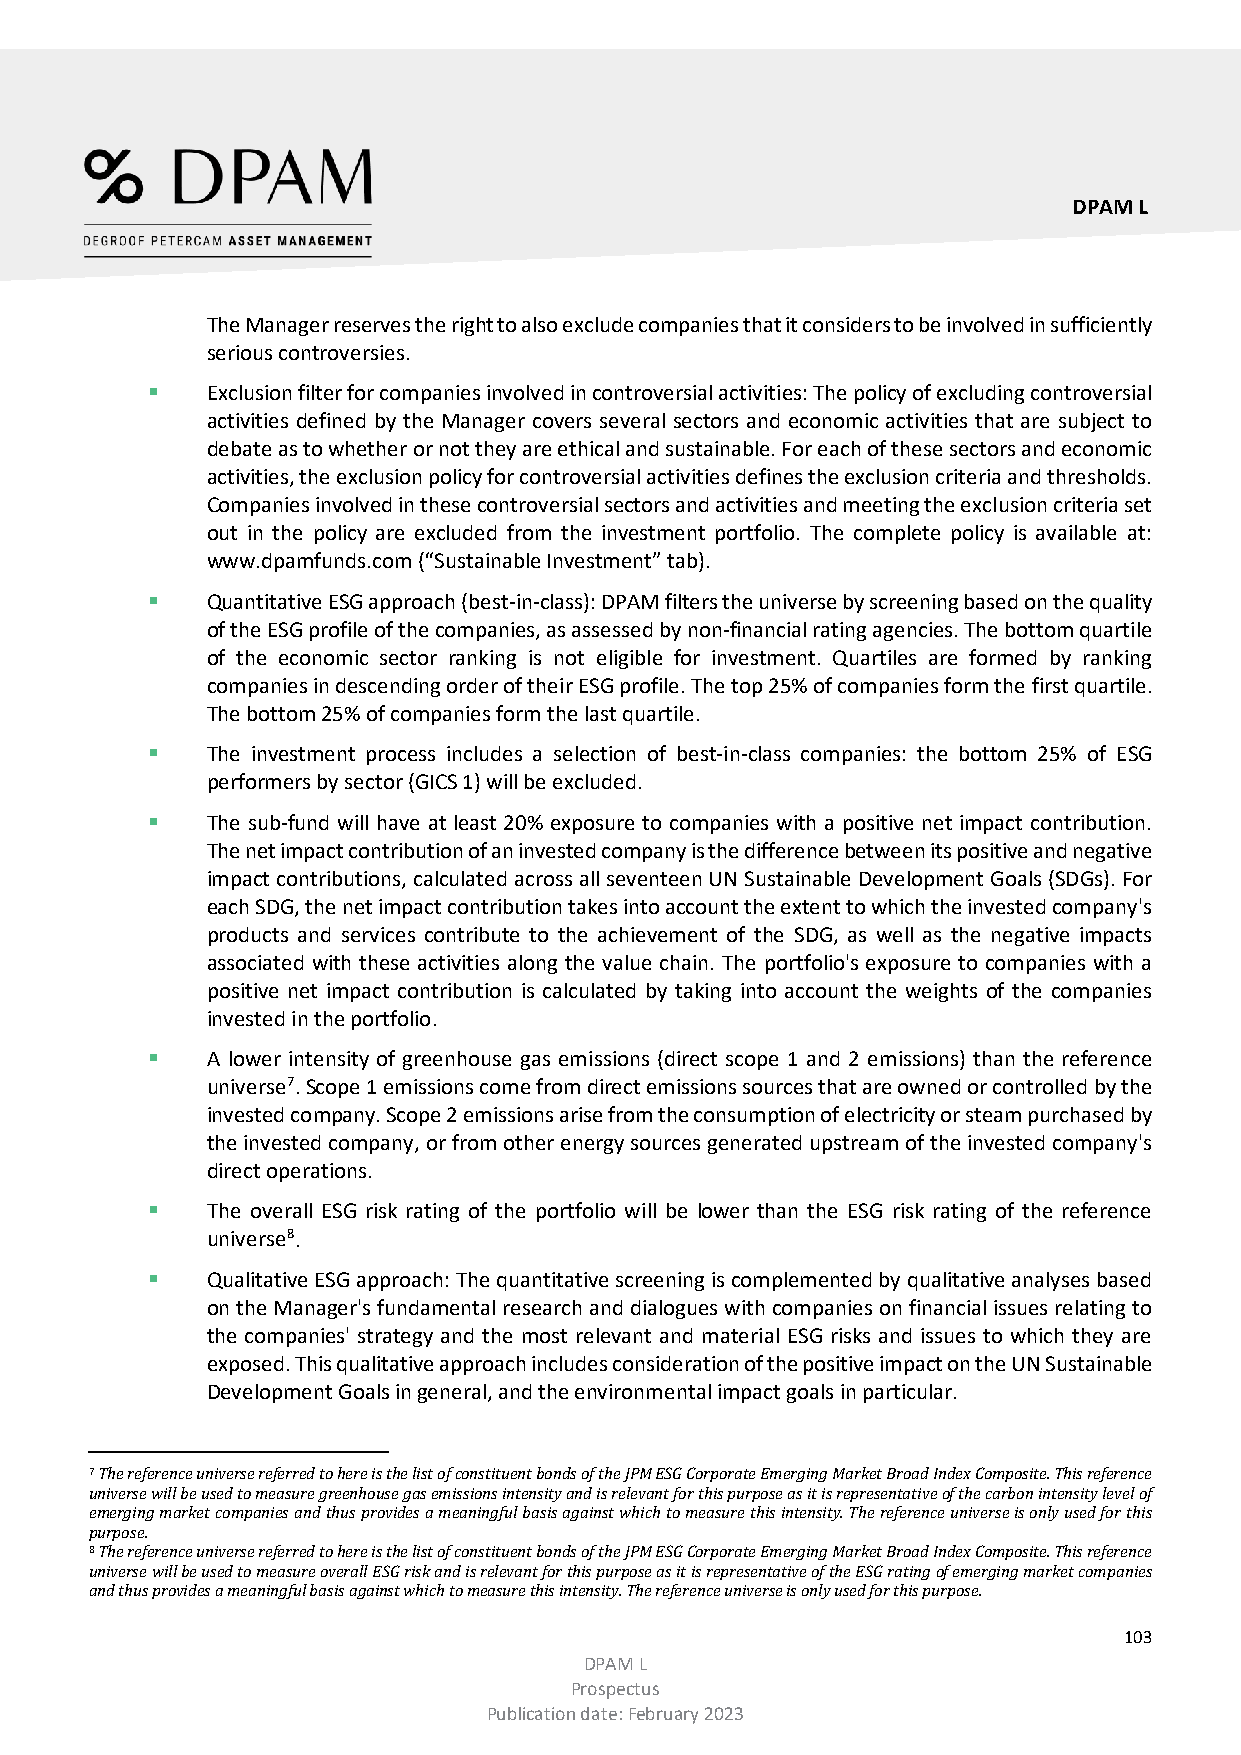
DPAM L
 The Manager reserves the right to also exclude companies that it considers to be involved in sufficiently
 serious controversies.
    Exclusion filter for companies involved in controversial activities: The policy of excluding controversial
 activities defined by the Manager covers several sectors and economic activities that are subject to
 debate as to whether or not they are ethical and sustainable. For each of these sectors and economic
 activities, the exclusion policy for controversial activities defines the exclusion criteria and thresholds.
 Companies involved in these controversial sectors and activities and meeting the exclusion criteria set
 out in the policy are excluded from the investment portfolio. The complete policy is available at:
 www.dpamfunds.com (“Sustainable Investment” tab).
    Quantitative ESG approach (best-in-class): DPAM filters the universe by screening based on the quality
 of the ESG profile of the companies, as assessed by non-financial rating agencies. The bottom quartile
 of the economic sector ranking is not eligible for investment. Quartiles are formed by ranking
 companies in descending order of their ESG profile. The top 25% of companies form the first quartile.
 The bottom 25% of companies form the last quartile.
    The investment process includes a selection of best-in-class companies: the bottom 25% of ESG
 performers by sector (GICS 1) will be excluded.
    The sub-fund will have at least 20% exposure to companies with a positive net impact contribution.
 The net impact contribution of an invested company is the difference between its positive and negative
 impact contributions, calculated across all seventeen UN Sustainable Development Goals (SDGs). For
 each SDG, the net impact contribution takes into account the extent to which the invested company's
 products and services contribute to the achievement of the SDG, as well as the negative impacts
 associated with these activities along the value chain. The portfolio's exposure to companies with a
 positive net impact contribution is calculated by taking into account the weights of the companies
 invested in the portfolio.
    A lower intensity of greenhouse gas emissions (direct scope 1 and 2 emissions) than the reference
 universe7. Scope 1 emissions come from direct emissions sources that are owned or controlled by the
 invested company. Scope 2 emissions arise from the consumption of electricity or steam purchased by
 the invested company, or from other energy sources generated upstream of the invested company's
 direct operations.
    The overall ESG risk rating of the portfolio will be lower than the ESG risk rating of the reference
 universe8.
    Qualitative ESG approach: The quantitative screening is complemented by qualitative analyses based
 on the Manager's fundamental research and dialogues with companies on financial issues relating to
 the companies' strategy and the most relevant and material ESG risks and issues to which they are
 exposed. This qualitative approach includes consideration of the positive impact on the UN Sustainable
 Development Goals in general, and the environmental impact goals in particular.
 The reference universe referred to here is the list of constituent bonds of the JPM ESG Corporate Emerging Market Broad Index Composite. This reference
 7universe will be used to measure greenhouse gas emissions intensity and is relevant for this purpose as it is representative of the carbon intensity level of
 e merging market companies and thus provides a meaningful basis against which to measure this intensity. The reference universe is only used for this
 purpose.
 The reference universe referred to here is the list of constituent bonds of the JPM ESG Corporate Emerging Market Broad Index Composite. This reference
 8universe will be used to measure overall ESG risk and is relevant for this purpose as it is representative of the ESG rating of emerging market companies
 a nd thus provides a meaningful basis against which to measure this intensity. The reference universe is only used for this purpose.
 103
 DPAM L
 Prospectus
 Publication date: February 2023